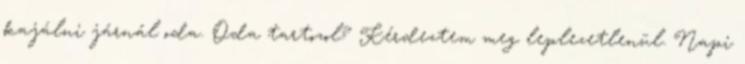
kajálni járnál oda. Oda tartozol? Kérdeztem meg leplezetlenül. Napi